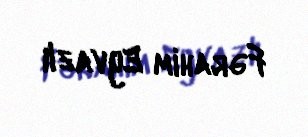
Fərahim Eyvazlı